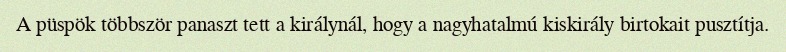
A püspök többször panaszt tett a királynál, hogy a nagyhatalmú kiskirály birtokait pusztítja.